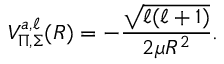
V _ { \Pi , \Sigma } ^ { a , \ell } ( R ) = - \frac { \sqrt { \ell ( \ell + 1 ) } } { 2 \mu R ^ { 2 } } .